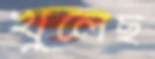
খুলেছ